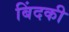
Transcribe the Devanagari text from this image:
बिंदकी